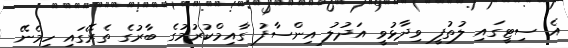
އެ ސިޓީގައި ލުތުފީ ވިދާޅުވީ އަދުލު އިންސާފު ގާއިމްކުރުމުގެ ބާރުގެ ތެރޭގައި ހިމެނޭ